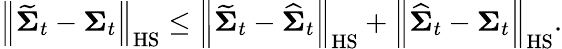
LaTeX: \left\| \widetilde{\boldsymbol{\Sigma}}_{t}-\boldsymbol{\Sigma}_{t}\right\| _{\mathrm{HS}}\leq\left\| \widetilde{\boldsymbol{\Sigma}}_{t}-\widehat{\boldsymbol{\Sigma}}_{t}\right\| _{\mathrm{HS}}+\left\| \widehat{\boldsymbol{\Sigma}}_{t}-\boldsymbol{\Sigma}_{t}\right\| _{\mathrm{HS}}.